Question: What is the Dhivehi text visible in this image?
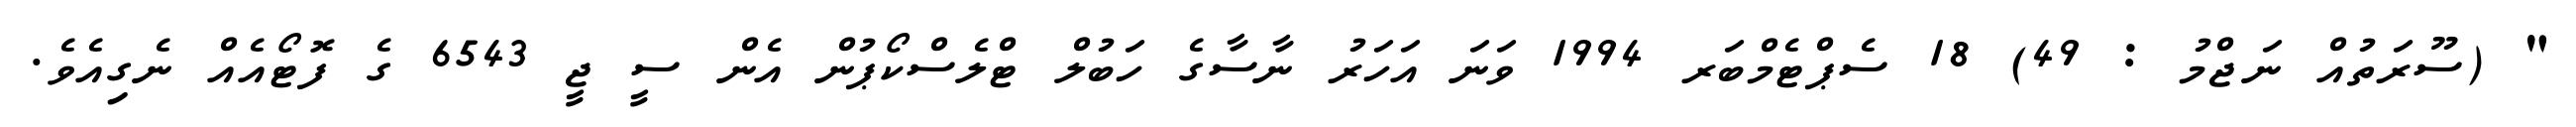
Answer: " (ސޫރަތުއް ނަޖްމު : 49) 18 ސެޕްޓެމްބަރ 1994 ވަނަ އަހަރު ނާސާގެ ހަބުލް ޓްލެސްކޯޕުން އެން ސީ ޖީ 6543 ގެ ފޮޓޯއެއް ނެގިއެވެ.